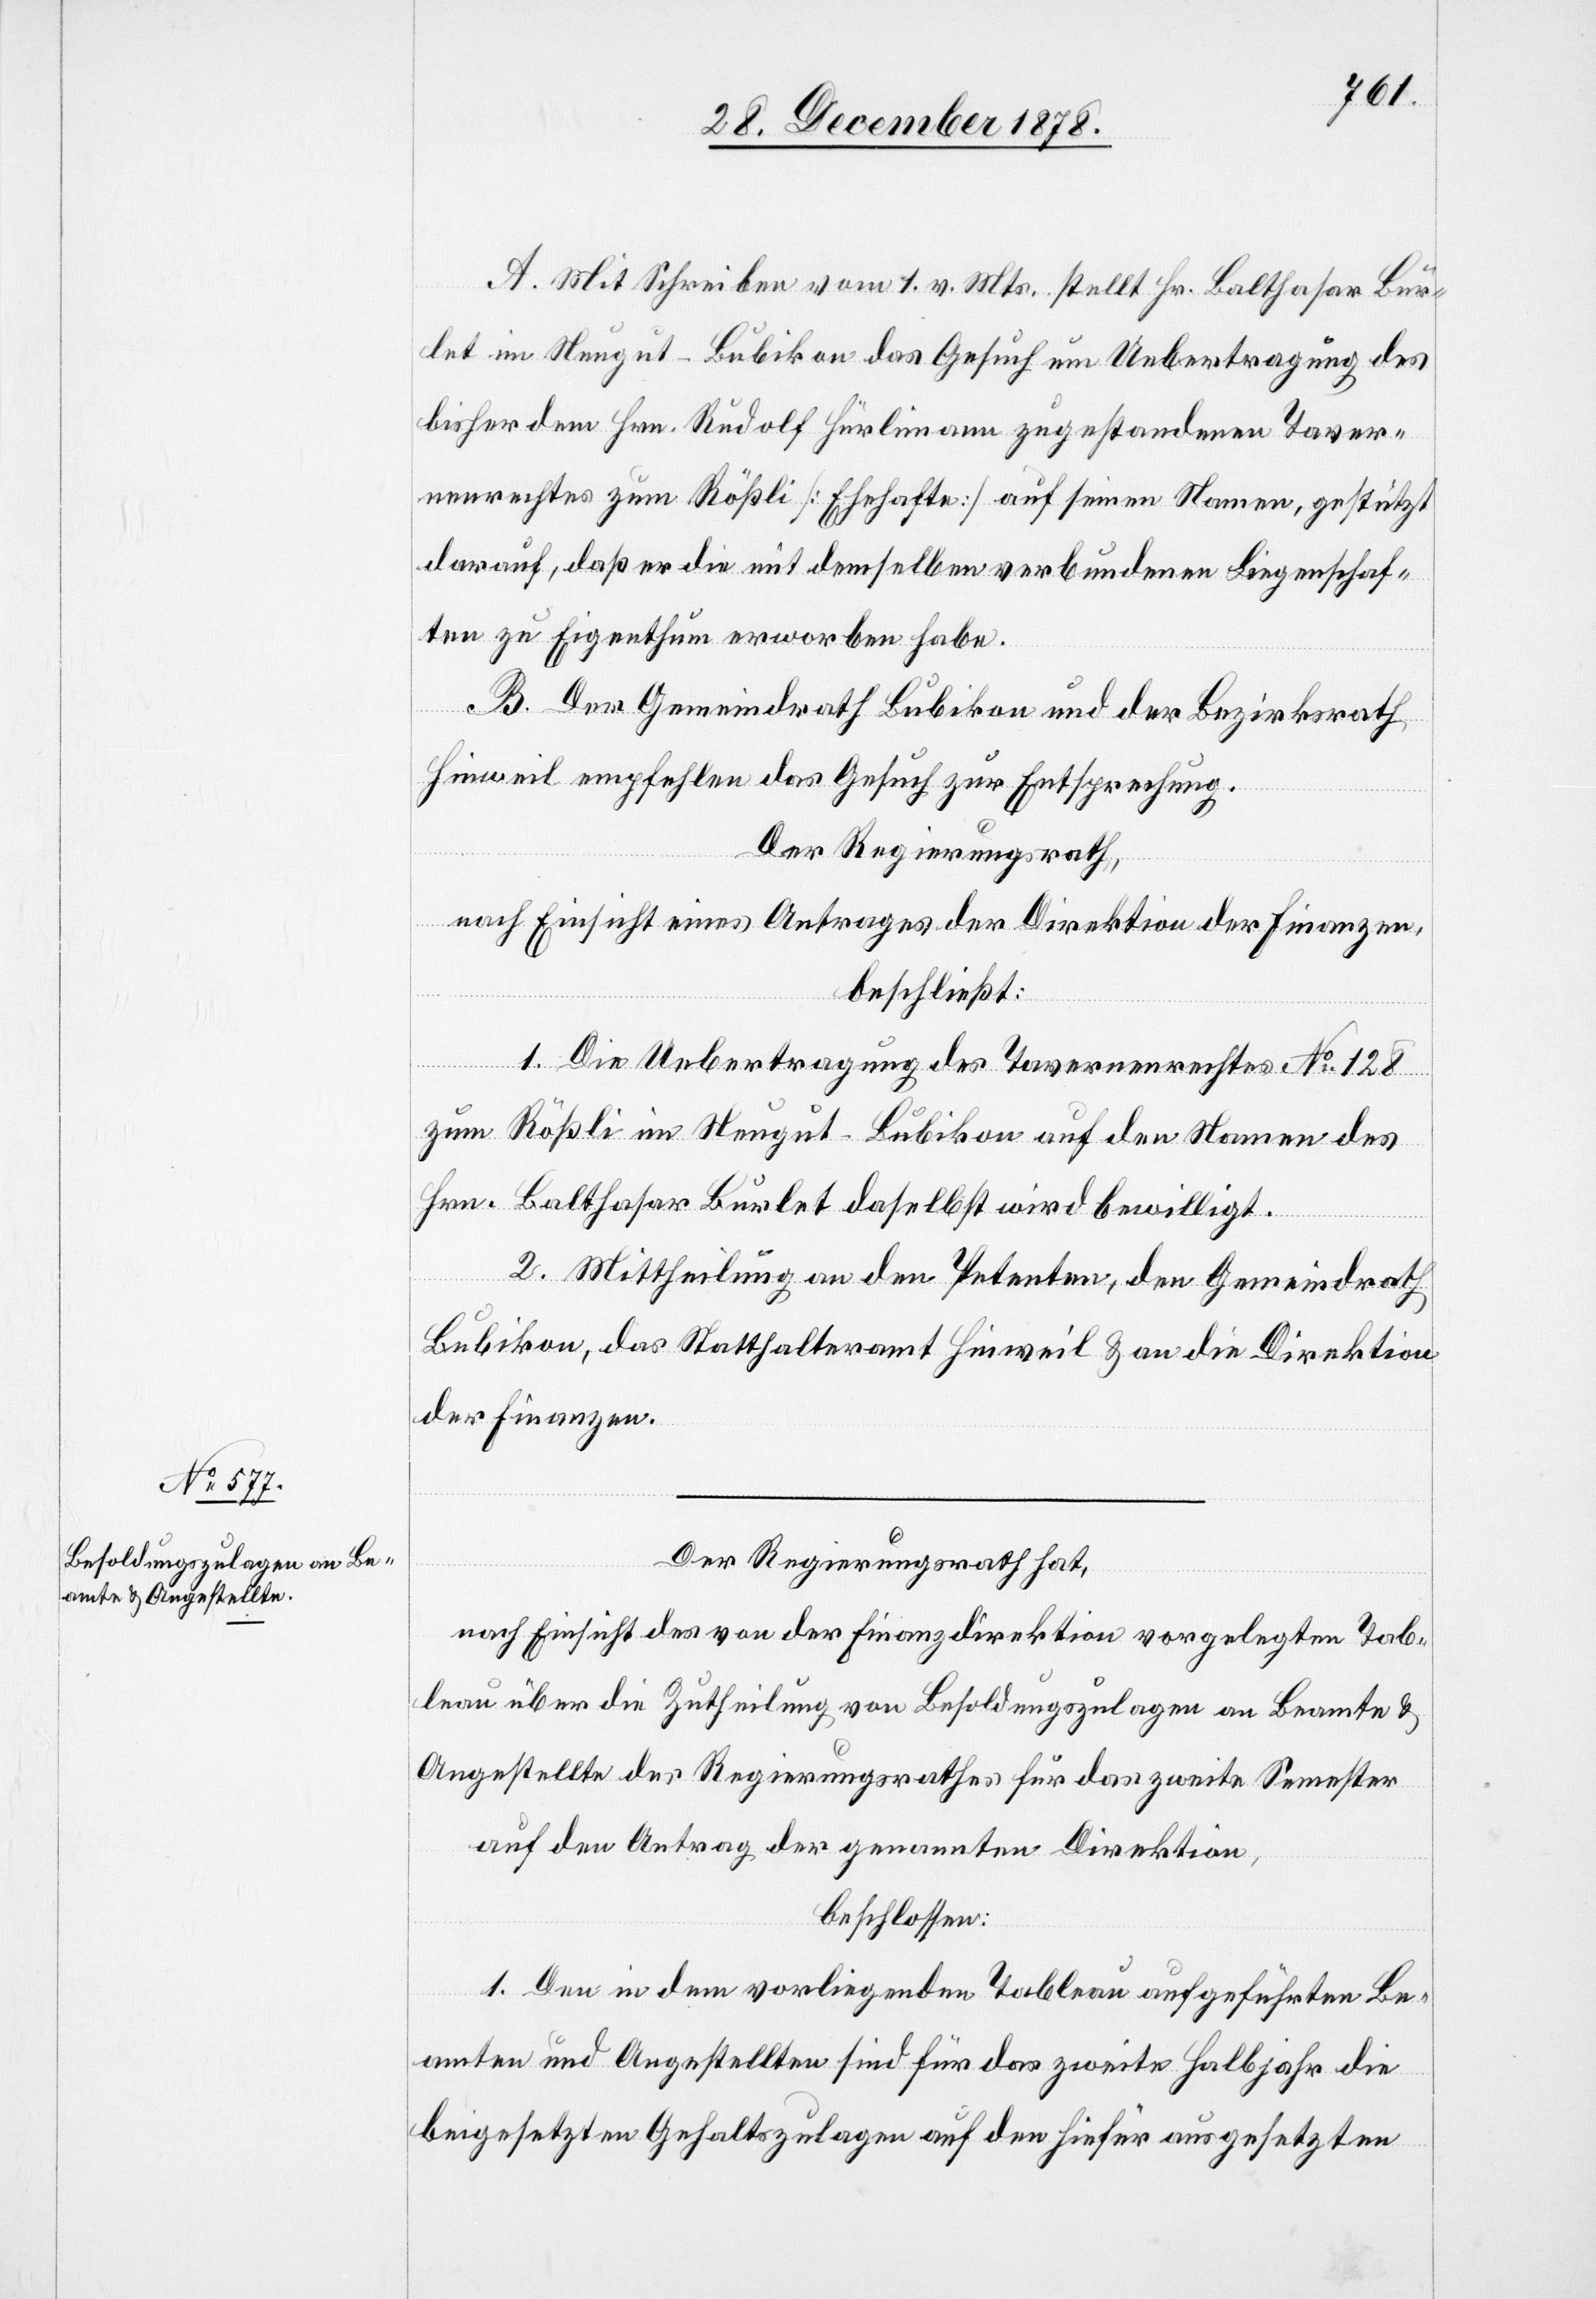
A. Mit Schreiben vom 1. v. Mts. stellt Hr. Balthasar Bur¬
let im Neugut - Bubikon das Gesuch um Uebertragung des
bisher dem Hrn. Rudolf Hürlimann zugestandenen Taver¬
nenrechtes zum Rößli [Ehehafte] auf seinen Namen, gestützt
darauf, daß er die mit demselben verbundenen Liegenschaf¬
ten zu Eigenthum erworben habe.
B. Der Gemeindrath Bubikon und der Bezirksrath
Hinweil empfehlen das Gesuch zur Entsprechung.
Der Regierungsrath,
nach Einsicht eines Antrages der Direktion der Finanzen,
beschließt:
1. Die Uebertragung des Tavernenrechtes No 128
zum Rößli im Neugut - Bubikon auf den Namen des
Hrn. Balthasar Burlet daselbst wird bewilligt.
2. Mittheilung an den Petenten, den Gemeindrath
Bubikon, das Statthalteramt Hinweil & an die Direktion
der Finanzen.
Der Regierungsrath hat,
nach Einsicht des von der Finanzdirektion vorgelegten Tab¬
leau über die Zutheilung von Besoldungszulagen an Beamte &
Angestellte des Regierungsrathes für das zweite Semester
auf den Antrag der genannten Direktion,
beschlossen:
1. Den in dem vorliegenden Tableau aufgeführten Be¬
amten und Angestellten sind für das zweite Halbjahr die
beigesetzten Gehaltszulagen auf den hiefür ausgesetzten